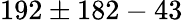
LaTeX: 192\pm 182-43